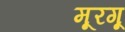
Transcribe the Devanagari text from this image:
मूरगू